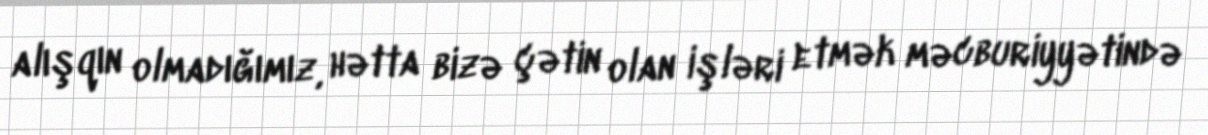
alışqın olmadığımız, hətta bizə çətin olan işləri etmək məcburiyyətində